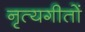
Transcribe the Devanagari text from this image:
नृत्यगीतों